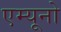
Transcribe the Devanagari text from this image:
एम्यूनो